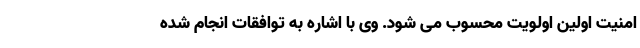
امنیت اولین اولویت محسوب می شود. وی با اشاره به توافقات انجام شده